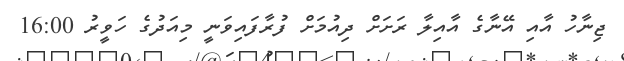
ޖިނާހު އާއި އޭނާގެ އާއިލާ ރަށަށް ދިއުމަށް ފުރާފައިވަނީ މިއަދުގެ ހަވީރު 16:00